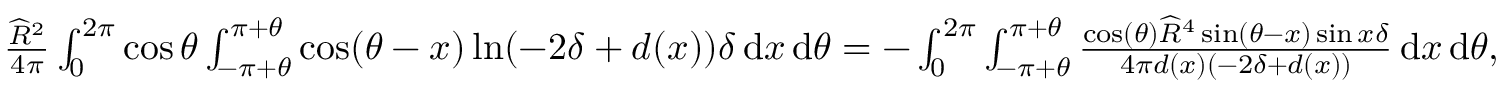
\begin{array} { r } { \frac { \widehat { R } ^ { 2 } } { 4 \pi } \int _ { 0 } ^ { 2 \pi } \cos \theta \int _ { - \pi + \theta } ^ { \pi + \theta } \cos ( \theta - x ) \ln ( - 2 \delta + d ( x ) ) \delta \, { \mathrm { d } } x \, { \mathrm { d } } \theta = - \int _ { 0 } ^ { 2 \pi } \int _ { - \pi + \theta } ^ { \pi + \theta } \frac { \cos ( \theta ) \widehat { R } ^ { 4 } \sin ( \theta - x ) \sin x \delta } { 4 \pi d ( x ) \left( - 2 \delta + d ( x ) \right) } \, { \mathrm { d } } x \, { \mathrm { d } } \theta , } \end{array}